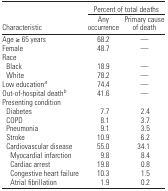
<table><thead><tr><td>[EMPTY_CELL]</td><td colspan="2"><b>Percent of total deaths</b></td></tr><tr><td><b>Characteristic</b></td><td><b>Any occurrence</b></td><td><b>Primary cause of death</b></td></tr></thead><tbody><tr><td>Age ≥ 65 years</td><td>68.2</td><td>—</td></tr><tr><td>Female</td><td>48.7</td><td>—</td></tr><tr><td colspan="3">Race</td></tr><tr><td> Black</td><td>18.9</td><td>—</td></tr><tr><td> White</td><td>78.2</td><td>—</td></tr><tr><td>Low educationa</td><td>74.4</td><td>—</td></tr><tr><td>Out-of-hospital deathb</td><td>41.6</td><td>—</td></tr><tr><td colspan="3">Presenting condition</td></tr><tr><td> Diabetes</td><td>7.7</td><td>2.4</td></tr><tr><td> COPD</td><td>8.1</td><td>3.7</td></tr><tr><td> Pneumonia</td><td>9.1</td><td>3.5</td></tr><tr><td> Stroke</td><td>10.9</td><td>6.2</td></tr><tr><td> Cardiovascular disease</td><td>55.0</td><td>34.1</td></tr><tr><td>Myocardial infarction</td><td>9.8</td><td>8.4</td></tr><tr><td>Cardiac arrest</td><td>19.8</td><td>0.8</td></tr><tr><td>Congestive heart failure</td><td>10.3</td><td>1.5</td></tr><tr><td>Atrial fibrillation</td><td>1.9</td><td>0.2</td></tr></tbody></table>